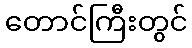
တောင်ကြီးတွင်